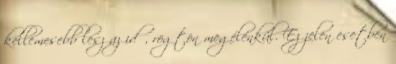
kellemesebb lesz az idő, rögtön megélénkül. Ez jelen esetben